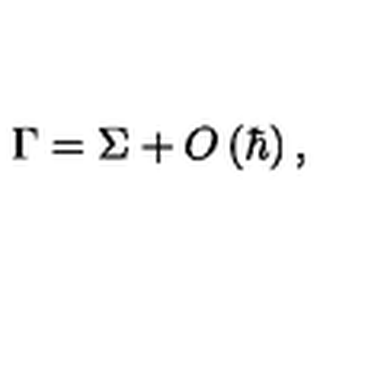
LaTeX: \Gamma = \Sigma + O \left( \hbar \right) ,